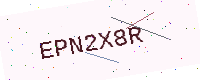
Text: EPN2X8R